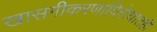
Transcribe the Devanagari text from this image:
खासगीकरणाविरोधातही